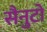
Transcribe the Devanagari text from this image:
सैनुटो